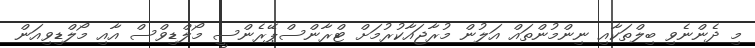
މި ދެންނެވި ބިލްތަކާއި ނިންމުންތައް އަލުން މުރާޖައާކުރުމަށް ޓްރާންސްޕޭރެންސީ މޯލްޑިވްސް އާއި މޯލްޑިވިއަން